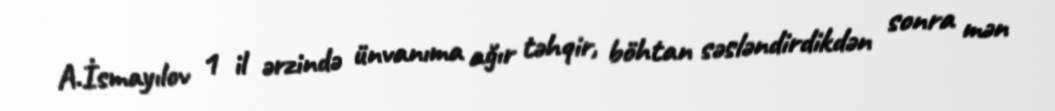
A.İsmayılov 1 il ərzində ünvanıma ağır təhqir, böhtan səsləndirdikdən sonra mən